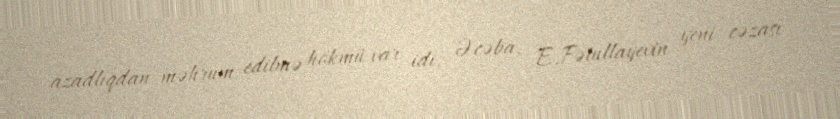
azadlıqdan məhrum edilmə hökmü var idi. Əcəba, E.Fətullayevin yeni cəzası